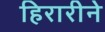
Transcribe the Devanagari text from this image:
हिरारीने